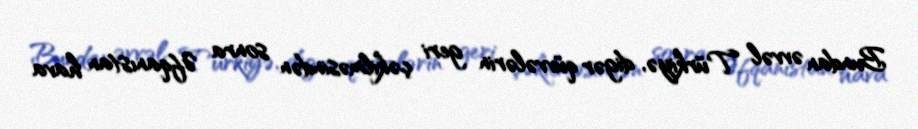
Bundan əvvəl Türkiyə, digər qüvvələrin geri çəkilməsindən sonra Əfqanıstan hava